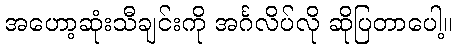
အဟော့ဆုံးသီချင်းကို အင်္ဂလိပ်လို ဆိုပြတာပေါ့။